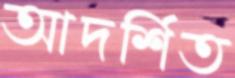
আদর্শিত